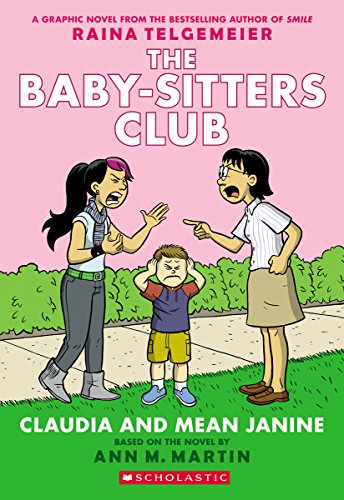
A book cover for Claudia and Mean Janine: Full-Color Edition (The Baby-Sitters Club Graphix #4); M. Martin Ann; Children's Books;